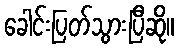
ခေါင်းပြတ်သွားပြီဆို။